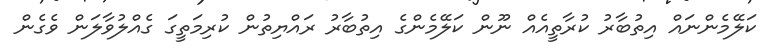
ކަލޭމެންނައް އިތުބާރު ކުރާތީއެއް ނޫން ކަލޭމެންގެ އިތުބާރު ރައްޔިތުން ކުރިމަތީގަ ގެއްލުވާލަން ވެގެން